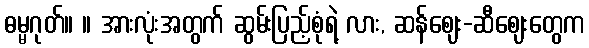
ဓမ္မဂုတ်။ ။ အားလုံးအတွက် ဆွမ်းပြည့်စုံရဲ့ လား, ဆန်ဈေး-ဆီဈေးတွေက